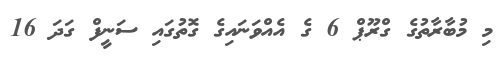
މި މުބާރާތުގެ ގްރޫޕް 6 ގެ އެއްވަނައިގެ ގޮތުގައި ސަނީފް ގަދަ 16